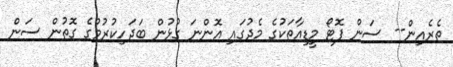
ތެރެއިން-- ސަން ފޮޓޯ މީޑިއާތަކުގެ މެދުގައި އޮންނަ ގުޅުން ބަދަހިކުރުމުގެ ގޮތުން ސަން